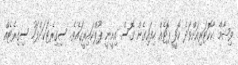
ވިޝާމް ކާކޮޓަރިއަށްވަދެ ކޮފީ ޕޮޓެއް ހިފައިގެން ގޮސް އިށީނީ ޕޫލްކައިރީގައެވެ. ސިގިރެޓަކަށްފަހު ސިގިރެޓެއް